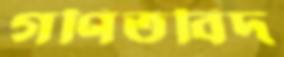
গণিতবিদ